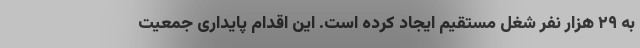
به ۲۹ هزار نفر شغل مستقیم ایجاد کرده است. این اقدام پایداری جمعیت